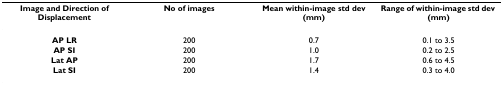
<table><thead><tr><td><b>Image and Direction of Displacement</b></td><td><b>No of images</b></td><td><b>Mean within-image std dev (mm)</b></td><td><b>Range of within-image std dev (mm)</b></td></tr></thead><tbody><tr><td><b>AP LR</b></td><td>200</td><td>0.7</td><td>0.1 to 3.5</td></tr><tr><td><b>AP SI</b></td><td>200</td><td>1.0</td><td>0.2 to 2.5</td></tr><tr><td><b>Lat AP</b></td><td>200</td><td>1.7</td><td>0.6 to 4.5</td></tr><tr><td><b>Lat SI</b></td><td>200</td><td>1.4</td><td>0.3 to 4.0</td></tr></tbody></table>